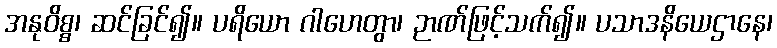
အနုဝိစ္စ၊ ဆင်ခြင်၍။ ပရိယော ဂါဟေတွာ၊ ဉာဏ်ဖြင့်သက်၍။ ပသာဒနိယေဌာနေ၊